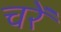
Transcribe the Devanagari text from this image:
चरें